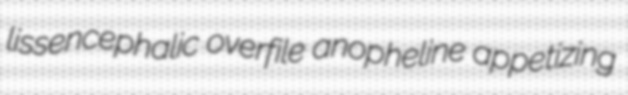
lissencephalic overfile anopheline appetizing